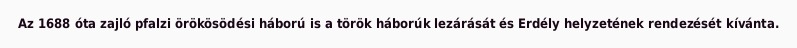
Az 1688 óta zajló pfalzi örökösödési háború is a török háborúk lezárását és Erdély helyzetének rendezését kívánta.